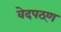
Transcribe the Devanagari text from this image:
वेदपठ्ण